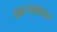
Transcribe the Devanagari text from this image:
शल्यकार